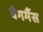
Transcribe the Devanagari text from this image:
वेगमैंस